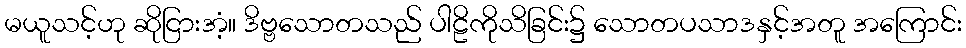
မယူသင့်ဟု ဆိုငြားအံ့။ ဒိဗ္ဗသောတသည် ပါဠိကိုသိခြင်း၌ သောတပသာဒနှင့်အတူ အကြောင်း